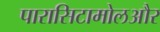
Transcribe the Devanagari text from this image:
पारासिटामोलऔर